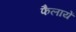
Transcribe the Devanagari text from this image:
फैलायें